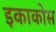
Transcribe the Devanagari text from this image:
इकाकोस